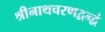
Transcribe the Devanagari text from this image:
श्रीनाथचरणद्वन्द्वं